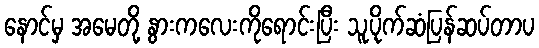
နောင်မှ အမေတို့ နွားကလေးကိုရောင်းပြီး သူ့ပိုက်ဆံပြန်ဆပ်တာပ